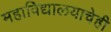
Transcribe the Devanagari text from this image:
महाविद्यालयाचेही